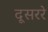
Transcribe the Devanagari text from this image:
दूसररे